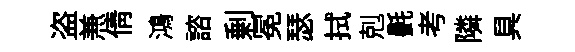
盗𠔥倩鴻諮剰冕瑟拭剋㲲考隣具